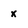
Character: x